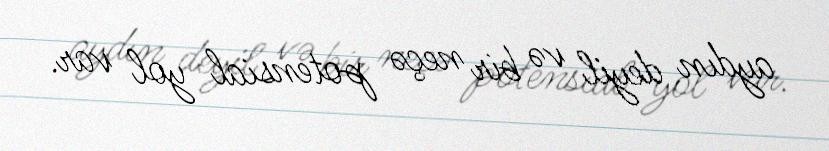
aydın deyil və bir neçə potensial yol var.